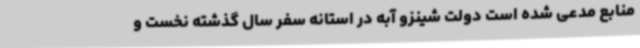
منابع مدعی شده‌ است دولت شینزو آبه در استانه سفر سال گذشته نخست و